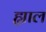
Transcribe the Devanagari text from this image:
ह्याल